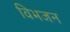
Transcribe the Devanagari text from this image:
विभजन